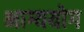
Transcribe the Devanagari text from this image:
भाग्ययोग